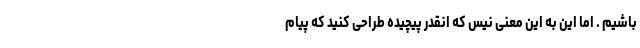
باشیم . اما این به این معنی نیس که انقدر پیچیده طراحی کنید که پیام